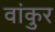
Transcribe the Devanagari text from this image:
वांकुर